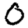
Digit: 0